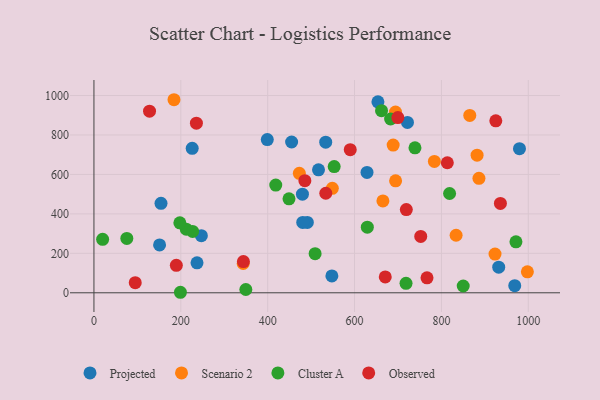
{"axis": {"x": "Study Hours", "y": "Profit"}, "legend": ["Cluster A", "Observed", "Projected", "Scenario 2"], "data": [{"x": "653.8", "y": 967.9, "type": "Projected"}, {"x": "455.1", "y": 764.5, "type": "Projected"}, {"x": "491.3", "y": 356.5, "type": "Projected"}, {"x": "517.0", "y": 623.3, "type": "Projected"}, {"x": "931.9", "y": 129.8, "type": "Projected"}, {"x": "226.2", "y": 732.1, "type": "Projected"}, {"x": "247.3", "y": 289.3, "type": "Projected"}, {"x": "968.8", "y": 36.3, "type": "Projected"}, {"x": "480.0", "y": 500.0, "type": "Projected"}, {"x": "154.4", "y": 453.6, "type": "Projected"}, {"x": "237.3", "y": 151.9, "type": "Projected"}, {"x": "151.1", "y": 242.7, "type": "Projected"}, {"x": "721.8", "y": 863.7, "type": "Projected"}, {"x": "533.6", "y": 763.4, "type": "Projected"}, {"x": "547.8", "y": 85.6, "type": "Projected"}, {"x": "399.1", "y": 776.5, "type": "Projected"}, {"x": "628.7", "y": 610.4, "type": "Projected"}, {"x": "979.7", "y": 730.4, "type": "Projected"}, {"x": "480.7", "y": 356.6, "type": "Projected"}, {"x": "548.8", "y": 529.5, "type": "Scenario 2"}, {"x": "783.8", "y": 665.9, "type": "Scenario 2"}, {"x": "694.3", "y": 916.5, "type": "Scenario 2"}, {"x": "886.4", "y": 580.3, "type": "Scenario 2"}, {"x": "833.8", "y": 291.6, "type": "Scenario 2"}, {"x": "472.9", "y": 605.5, "type": "Scenario 2"}, {"x": "923.4", "y": 196.0, "type": "Scenario 2"}, {"x": "665.3", "y": 465.6, "type": "Scenario 2"}, {"x": "694.5", "y": 567.6, "type": "Scenario 2"}, {"x": "184.3", "y": 978.7, "type": "Scenario 2"}, {"x": "865.3", "y": 898.9, "type": "Scenario 2"}, {"x": "882.1", "y": 697.4, "type": "Scenario 2"}, {"x": "688.9", "y": 748.7, "type": "Scenario 2"}, {"x": "997.9", "y": 106.2, "type": "Scenario 2"}, {"x": "343.6", "y": 148.4, "type": "Scenario 2"}, {"x": "850.2", "y": 34.3, "type": "Cluster A"}, {"x": "739.1", "y": 735.1, "type": "Cluster A"}, {"x": "662.1", "y": 923.1, "type": "Cluster A"}, {"x": "212.6", "y": 322.4, "type": "Cluster A"}, {"x": "199.1", "y": 2.6, "type": "Cluster A"}, {"x": "629.4", "y": 332.7, "type": "Cluster A"}, {"x": "449.1", "y": 476.3, "type": "Cluster A"}, {"x": "718.5", "y": 47.9, "type": "Cluster A"}, {"x": "197.8", "y": 354.6, "type": "Cluster A"}, {"x": "818.8", "y": 503.3, "type": "Cluster A"}, {"x": "227.2", "y": 311.0, "type": "Cluster A"}, {"x": "509.2", "y": 198.4, "type": "Cluster A"}, {"x": "418.6", "y": 545.9, "type": "Cluster A"}, {"x": "683.0", "y": 880.9, "type": "Cluster A"}, {"x": "971.6", "y": 258.4, "type": "Cluster A"}, {"x": "20.0", "y": 271.0, "type": "Cluster A"}, {"x": "349.7", "y": 16.7, "type": "Cluster A"}, {"x": "553.1", "y": 639.7, "type": "Cluster A"}, {"x": "75.7", "y": 275.6, "type": "Cluster A"}, {"x": "95.1", "y": 51.1, "type": "Observed"}, {"x": "925.2", "y": 871.5, "type": "Observed"}, {"x": "766.8", "y": 75.7, "type": "Observed"}, {"x": "670.7", "y": 80.5, "type": "Observed"}, {"x": "485.6", "y": 568.3, "type": "Observed"}, {"x": "752.4", "y": 285.8, "type": "Observed"}, {"x": "590.1", "y": 725.4, "type": "Observed"}, {"x": "699.7", "y": 888.3, "type": "Observed"}, {"x": "533.8", "y": 504.7, "type": "Observed"}, {"x": "189.7", "y": 139.4, "type": "Observed"}, {"x": "128.0", "y": 920.9, "type": "Observed"}, {"x": "719.2", "y": 421.9, "type": "Observed"}, {"x": "344.1", "y": 158.4, "type": "Observed"}, {"x": "235.9", "y": 859.6, "type": "Observed"}, {"x": "935.8", "y": 452.8, "type": "Observed"}, {"x": "813.6", "y": 659.1, "type": "Observed"}]}